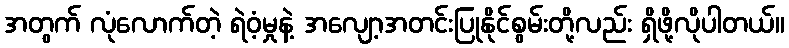
အတွက် လုံလောက်တဲ့ ရဲဝံ့မှုနဲ့ အလျော့အတင်းပြုနိုင်စွမ်းတို့လည်း ရှိဖို့လိုပါတယ်။